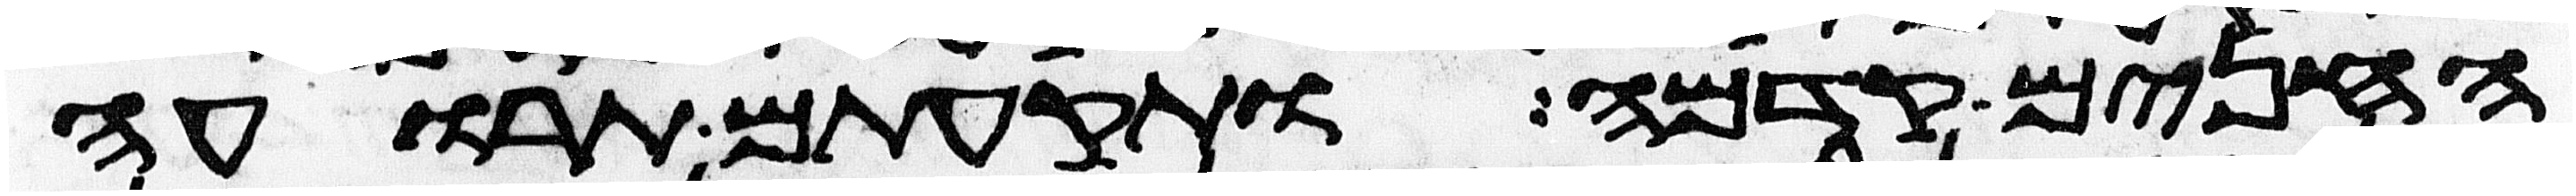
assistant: החנים קדמה ותקעתם תרועה